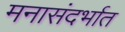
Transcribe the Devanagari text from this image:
मनासंदर्भात